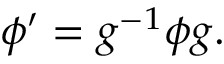
\phi ^ { \prime } = g ^ { - 1 } \phi g .